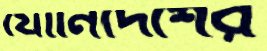
যোনিদেশের